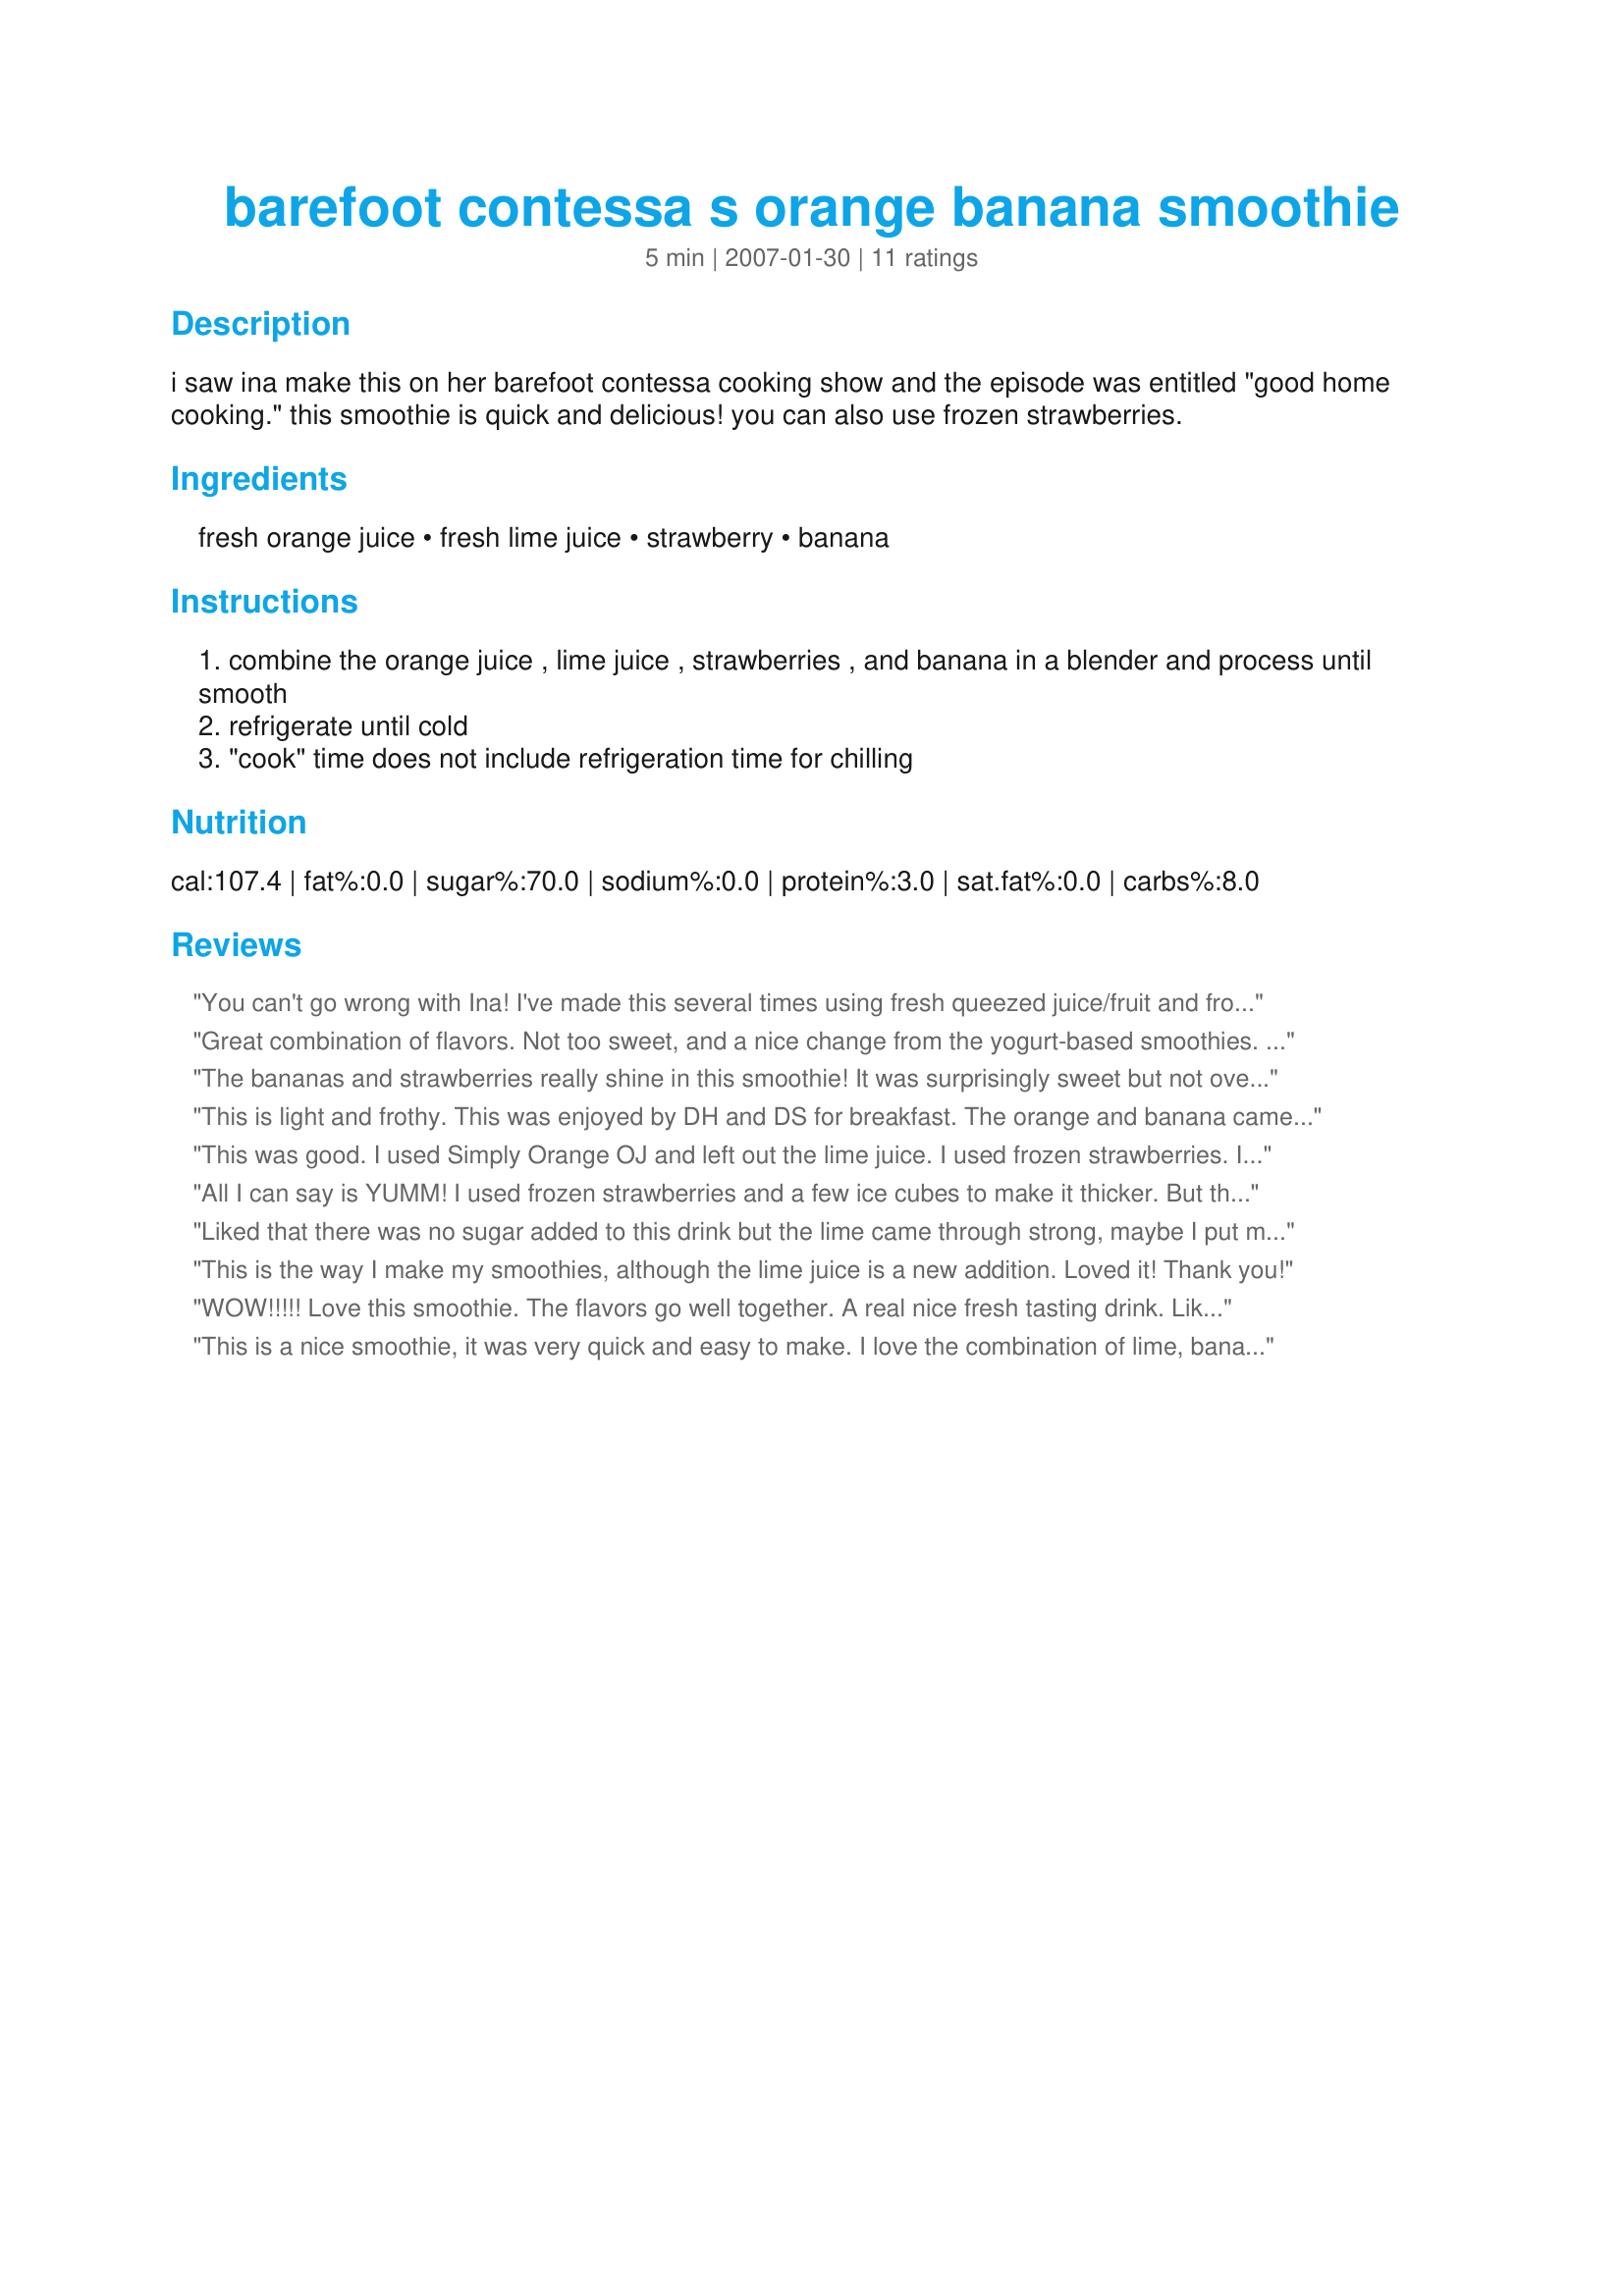
barefoot contessa s orange banana smoothie
Preparation time: 5 minutes

i saw ina make this on her barefoot contessa cooking show and the episode was entitled "good home cooking." this smoothie is quick and delicious! you can also use frozen strawberries.

Ingredients:
fresh orange juice, fresh lime juice, strawberry, banana

Steps:
combine the orange juice , lime juice , strawberries , and banana in a blender and process until smooth
refrigerate until cold
"cook" time does not include refrigeration time for chilling

Reviews:
You can't go wrong with Ina! I've made this several times using fresh queezed juice/fruit and frozen. The fresh is superb but the frozen straw./commercial o.j. was almost as good, too. Thanks again, Juenessa!

Roxygirl
Great combination of flavors. Not too sweet, and a nice change from the yogurt-based smoothies. I used frozen, unsweetened berries, un-thawed, so didn't have to chill before drinking.
The bananas and strawberries really shine in this smoothie! It was surprisingly sweet but not overly so. I had it for dessert, but it would make a great breakfast too. I'll make this again!
This is light and frothy. This was enjoyed by DH and DS for breakfast. The orange and banana came through more than other ingredients. Made for BT 2008
This was good. I used Simply Orange OJ and left out the lime juice. I used frozen strawberries. It was very good - a tiny bit tart though. I scaled the recipe down to 1 1/2 servings me for me for a nice 150 calorie smoothie, so I only put in 1/2 of a banana. Next time I will put in the whole thing for extra sweetness. Thanks for sharing!
All I can say is YUMM! I used frozen strawberries and a few ice cubes to make it thicker. But the taste was very light and refreshing. Reviewed for holiday tag.
Liked that there was no sugar added to this drink but the lime came through strong, maybe I put more than what was called for. Will make again though. Thanks!
This is the way I make my smoothies, although the lime juice is a new addition. Loved it! Thank you!
WOW!!!!! Love this smoothie. The flavors go well together. A real nice fresh tasting drink. Like that you don't add any sugar. I used some frozen strawberries so that made the drink cold enough that I didn't need to chill.
This is a nice smoothie, it was very quick and easy to make. I love the combination of lime, banana and strawberries. A nice refreshing drink, smooth, tart and very flavourful with a nice texture. Thanks for sharing.
I used store bought juices and threw in a few frozen strawberries. Really nice and refreshing on a summer morning. I will definitely make this again. Thanks !
